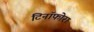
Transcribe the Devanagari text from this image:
टिनॉफोरा